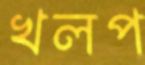
খলপ